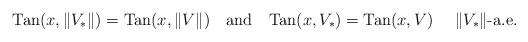
LaTeX: \begin{align*}{\rm Tan}(x, \|V_*\|)={\rm Tan}(x, \|V\|)\quad\mbox{and}\quad{\rm Tan}(x, V_*)={\rm Tan}(x, V)\quad\mbox{ \(\|V_*\|\)-a.e.}\end{align*}